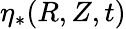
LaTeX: \eta_{*}(R,Z,t)